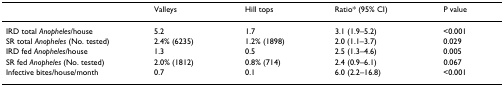
|  | Valleys | Hill tops | Ratio* (95% CI) | P value |
 | --- | --- | --- | --- | --- |
 | IRD total Anopheles/house | 5.2 | 1.7 | 3.1 (1.9–5.2) | <0.001 |
 | SR total Anopheles (No. tested) | 2.4% (6235) | 1.2% (1898) | 2.0 (1.1–3.7) | 0.029 |
 | IRD fed Anopheles/house | 1.3 | 0.5 | 2.5 (1.3–4.6) | 0.005 |
 | SR fed Anopheles (No. tested) | 2.0% (1812) | 0.8% (714) | 2.4 (0.9–6.1) | 0.067 |
 | Infective bites/house/month | 0.7 | 0.1 | 6.0 (2.2–16.8) | <0.001 |